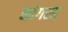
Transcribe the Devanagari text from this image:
नांगरत